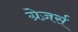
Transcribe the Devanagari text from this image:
ग्रेज़र्स